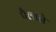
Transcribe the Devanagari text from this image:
पैलाने